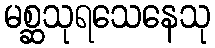
မစ္ဆသုရသေနေသု